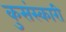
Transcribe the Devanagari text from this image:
कुसंस्कारी